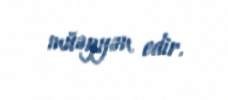
müəyyən edir.